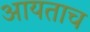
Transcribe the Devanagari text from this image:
आयताच